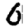
Digit: 0